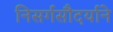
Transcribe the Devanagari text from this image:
निसर्गसौदर्याने